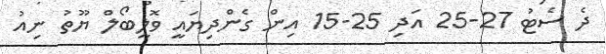
ދެ ސެޓު 27-25 އަދި 25-15 އިން ގެންދިޔައީ ވޮލީބޯލް ޔޫތު ނިއު